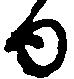
ゆ